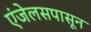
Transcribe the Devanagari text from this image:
एंजेलसपासून